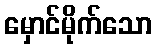
မှောင်မိုက်သော